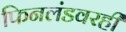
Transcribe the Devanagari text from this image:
फिनलंडवरही